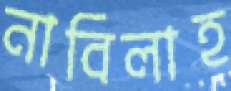
নাবিলাহ